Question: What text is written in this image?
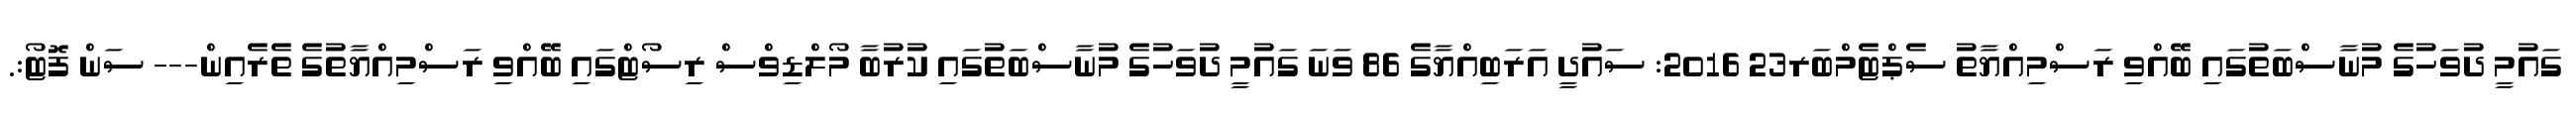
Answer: ގައުމީ ދުވަހުގެ މުނާސްބަތުގައި ބޭއްވި ރަސްމިއްޔާތު ސެޕްޓެމްބަރ23 2016: ސައުދީ އަރަބިއްޔާގެ 86 ވަނަ ގައުމީ ދުވަހުގެ މުނާސްބަތުގައި ކުރުބާ މޯލްޑިވްސް ރިސޯޓްގައި ބޭއްވި ރަސްމިއްޔާތުގެ ތެރެއިން--- ސަން ފޮޓޯ:.